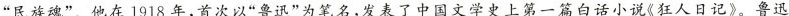
“民族魂”。他在 1918年,首次以“鲁迅”为笔名,发表了中国文学史上第一篇白话小说《狂人日记》。鲁迅